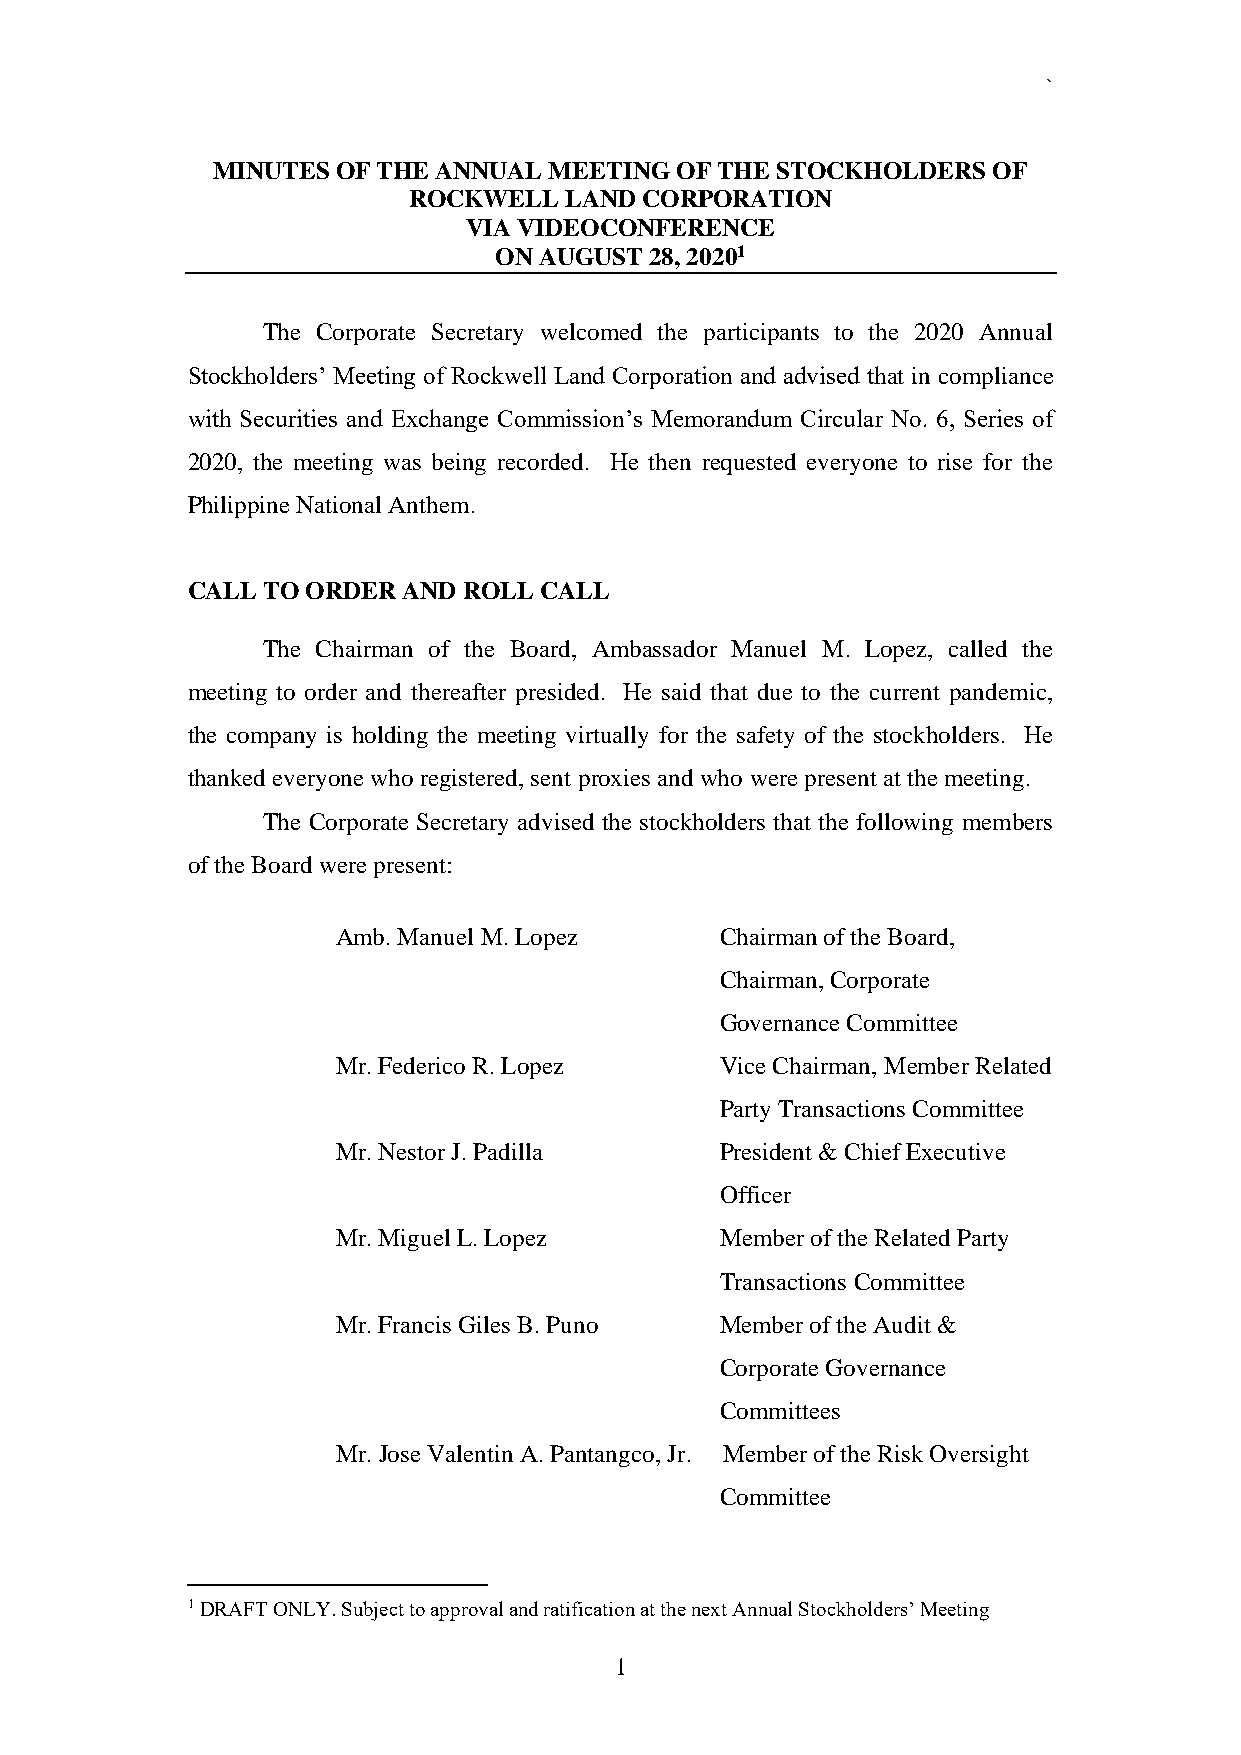
`
 MINUTES OF THE ANNUAL MEETING  OF THE STOCKHOLDERS  OF
 ROCKWELL  LAND CORPORATION
 VIA VIDEOCONFERENCE
 ON AUGUST 28, 20201
 The Corporate Secretary welcomed the participants to the 2020 Annual
 Stockholders’ Meeting of Rockwell Land Corporation and advised that in compliance
 with Securities and Exchange Commission’s Memorandum Circular No. 6, Series of
 2020, the meeting was being recorded. He then requested everyone to rise for the
 Philippine National Anthem.
 CALL TO ORDER  AND ROLL CALL
 The Chairman of the Board, Ambassador Manuel M. Lopez, called the
 meeting to order and thereafter presided. He said that due to the current pandemic,
 the company is holding the meeting virtually for the safety of the stockholders. He
 thanked everyone who registered, sent proxies and who were present at the meeting.
 The Corporate Secretary advised the stockholders that the following members
 of the Board were present:
 Amb. Manuel M. Lopez      Chairman of the Board,
 Chairman, Corporate
 Governance Committee
 Mr. Federico R. Lopez     Vice Chairman, Member Related
 Party Transactions Committee
 Mr. Nestor J. Padilla     President & Chief Executive
 Officer
 Mr. Miguel L. Lopez       Member of the Related Party
 Transactions Committee
 Mr. Francis Giles B. Puno Member of the Audit &
 Corporate Governance
 Committees
 Mr. Jose Valentin A. Pantangco, Jr. Member of the Risk Oversight
 Committee
 1 DRAFT ONLY. Subject to approval and ratification at the next Annual Stockholders’ Meeting
 1